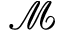
\mathcal { M }